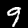
Digit: 9